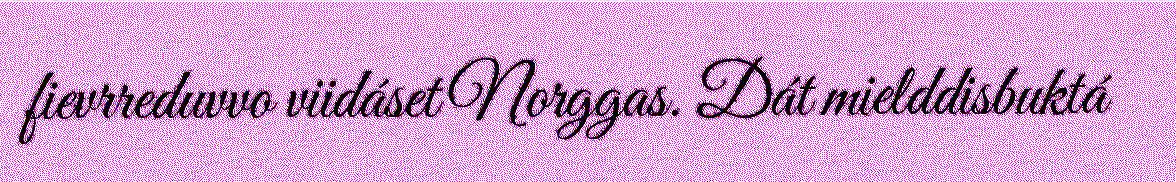
fievrreduvvo viidáset Norggas. Dát mielddisbuktá